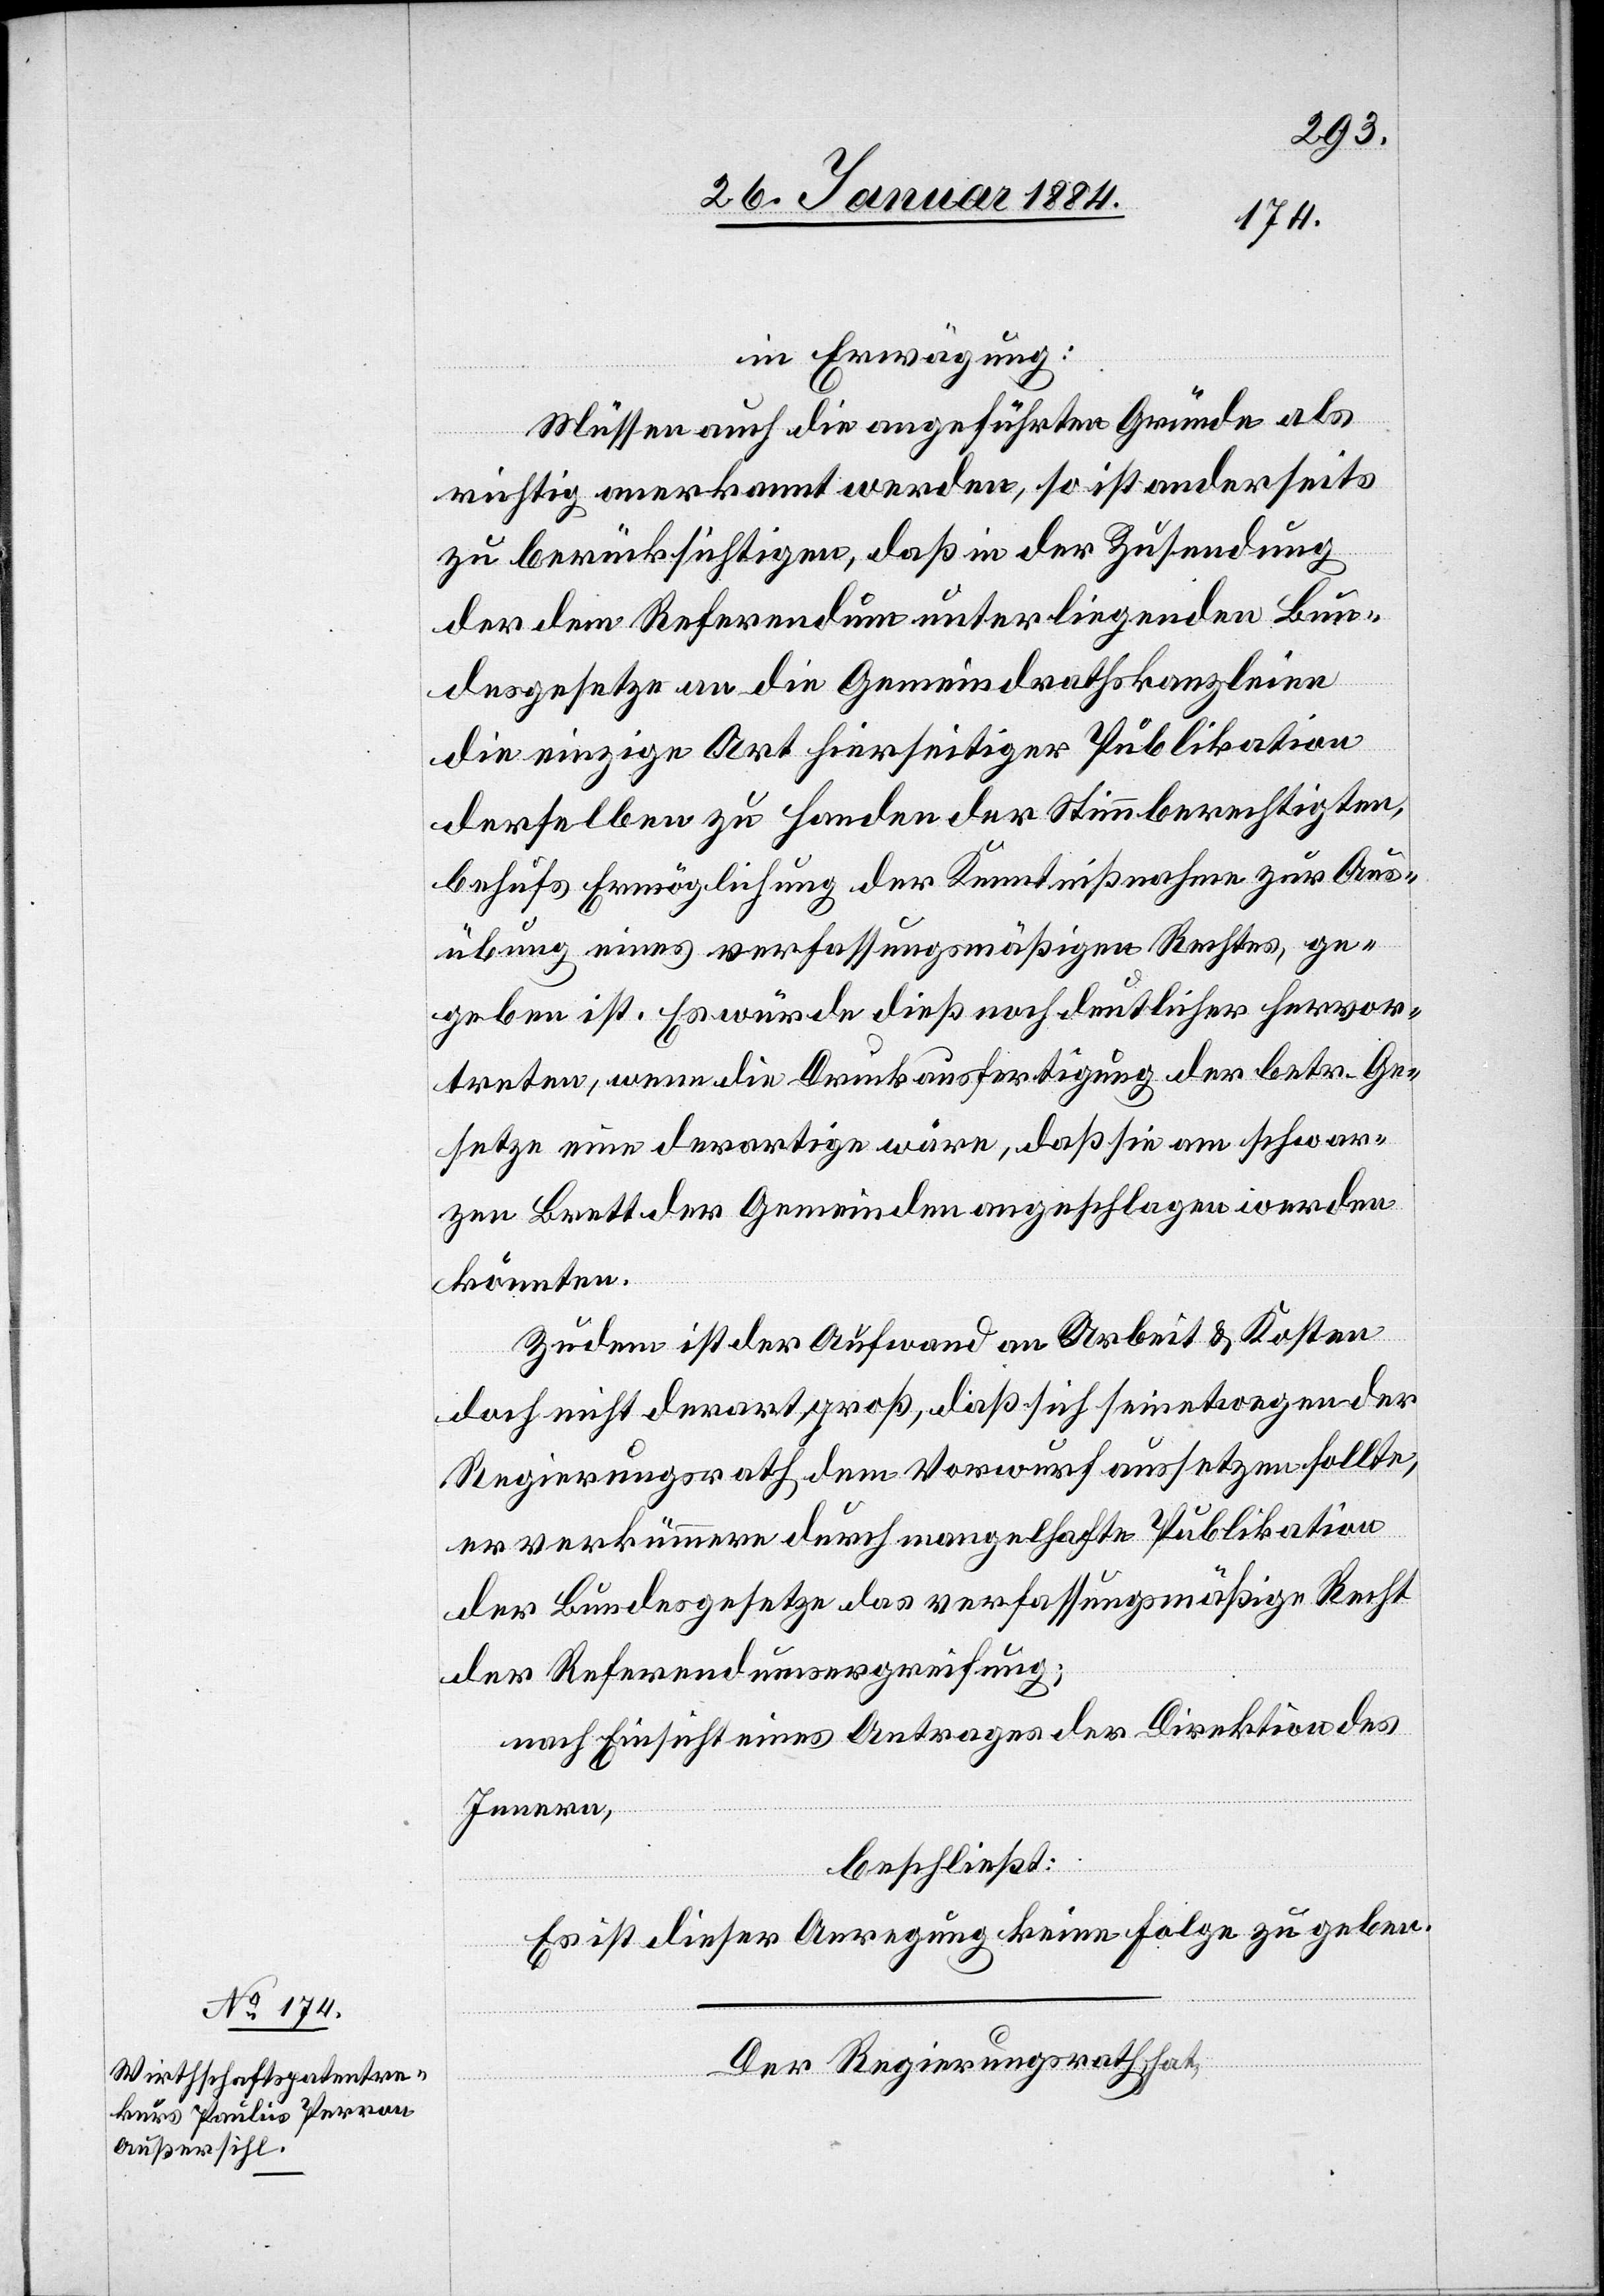
in Erwägung:
Müssen auch die angeführten Gründe als
richtig anerkannt werden, so ist anderseits
zu berücksichtigen, daß in der Zusendung
der dem Referendum unterliegenden Bun¬
desgesetze an die Gemeindrathskanzleien
die einzige Art hierseitiger Publikation
derselben zu Handen der Stimmberechtigten,
behufs Ermöglichung der Kenntnißnahme zur Aus¬
übung eines verfassungsmäßigen Rechtes, ge¬
geben ist. Es würde dieß noch deutlicher hervor¬
treten, wenn die Druckausfertigung der betr. Ge¬
setze eine derartige wäre, daß sie am schwar¬
zen Brett der Gemeinden angeschlagen werden
könnten.
Zudem ist der Aufwand an Arbeit & Kosten
doch nicht derart groß, daß sich seinetwegen der
Regierungsrath dem Vorwurf aussetzen sollte,
er verkümmere durch mangelhafte Publikation
der Bundesgesetze das verfassungsmäßige Recht
der Referendumsergreifung;
nach Einsicht eines Antrages der Direktion des
Innern,
beschließt:
Es ist dieser Anregung keine Folge zu geben.
Der Regierungsrath hat,